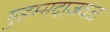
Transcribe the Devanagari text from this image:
मुहम्मदाजवळ